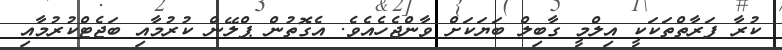
ކުރާ ފަރާތްތަކަކީ އިލްމީ ގާބިލް ބަޔަކަށް ވާންޖެހެއެވެ. އެގޮތުން ޕްލޭން ކުރުމާއި ބަޖެޓްކުރުމާއި